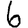
Digit: 6